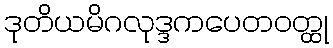
ဒုတိယမိဂလုဒ္ဒကပေတဝတ္ထု